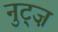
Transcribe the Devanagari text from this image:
नुट्ज़